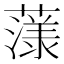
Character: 𮑲